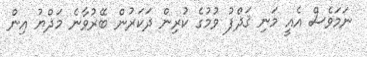
ނަމަވެސް އެއީ މަނި ޤަޛްފު ވުމުގެ ކުރިން ޛަކަރުން ބޭރުވާނެ މަޛްޔު އިން